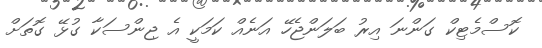
ކޮސްމެޓިކް ގަންނަ އިރު ބަލަންޖެހޭ އަނެއް ކަމަކީ އެ ޖިންސަކާ ގުޅޭ ގޮތަށް